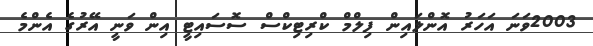
2003ވަނަ އަހަރު އޮންލައިން ފިލްމް ކްރިޓިކްސް ސޮސައިޓީ އިން ވަނީ އޭރުގެ އެންމެ